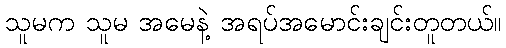
သူမက သူမ အမေနဲ့ အရပ်အမောင်းချင်းတူတယ်။